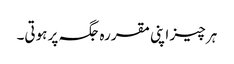
ہر چیز اپنی مقررہ جگہ پر ہوتی۔